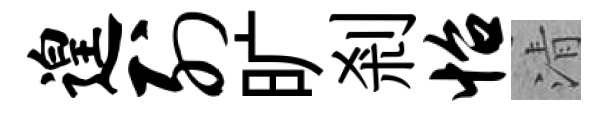
遑列旷剎怡清